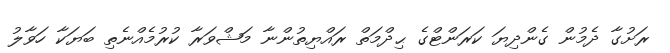
ރަށުގާ ދެމުން ގެންދިޔަ ކަރަންޓްގެ ޙިދްމަތް ރައްޔިތުންނާ މަޝްވަރާ ކުރުމެއްނެތި ބަޔަކާ ހަވާލު